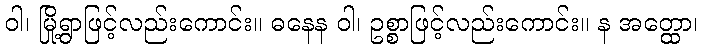
ဝါ၊ မြို့ရွာဖြင့်လည်းကောင်း။ ဓနေန ဝါ၊ ဥစ္စာဖြင့်လည်းကောင်း။ န အတ္ထော၊